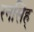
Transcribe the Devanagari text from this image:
रनसिंह्